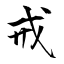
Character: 戒